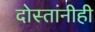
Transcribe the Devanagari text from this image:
दोस्तांनीही